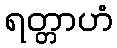
ရတ္တာဟံ